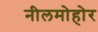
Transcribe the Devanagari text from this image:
नीलमोहोर